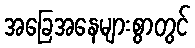
အခြေအနေများစွာတွင်